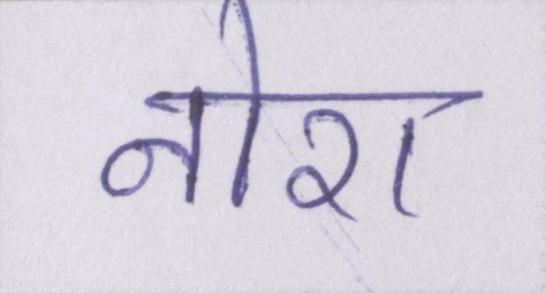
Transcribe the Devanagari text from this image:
नोरा